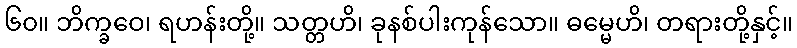
၆၀။ ဘိက္ခဝေ၊ ရဟန်းတို့။ သတ္တဟိ၊ ခုနစ်ပါးကုန်သော။ ဓမ္မေဟိ၊ တရားတို့နှင့်။